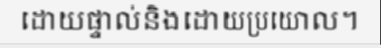
ដោយផ្ទាល់និងដោយប្រយោល។